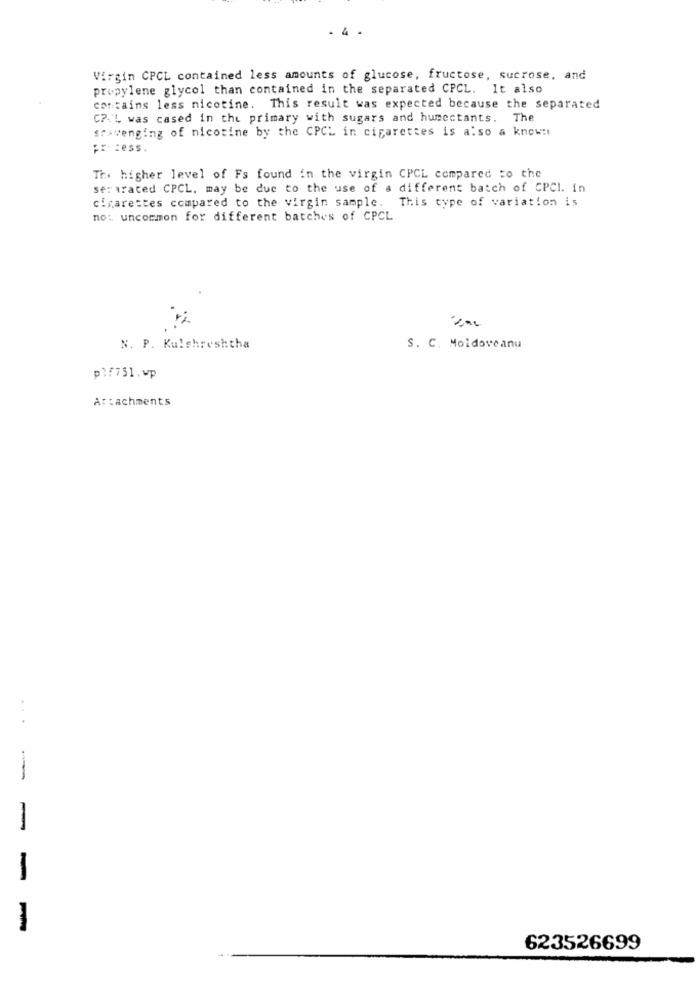
. 4 .
Virgin CPCL contained less amounts of glucose, fructose, sucrose, and
propylene glycol than contained in the separated CPCL. It also
contains less nicotine. This result was expected because the separated
C ?- L was cased in the primary with sugars and humectants. The
scavenging of nicotine by the CPCL in cigarettes is also a known
;r cess.
The higher level of Fs found in the virgin CPCL compared to the
se: arated CPCL. may be due to the use of a different batch of CPCl. in
cigarettes compared to the virgin sample. This type of variation is
not uncommon for different batches of CPCL
N. P. Kulshreshtha
S. C. Moldoveanu
pl/751.wp
Ar:achments
.....
-
-
623526699